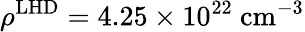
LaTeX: \rho^{\mathrm{LHD}}=4.25\times 10^{22}\ \mathrm{cm}^{-3}